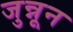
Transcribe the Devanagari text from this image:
जुन्नून